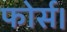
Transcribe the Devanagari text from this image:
फोर्स।